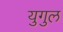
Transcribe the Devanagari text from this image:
युगुल